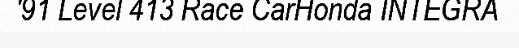
'91 Level 413 Race CarHonda INTEGRA